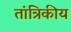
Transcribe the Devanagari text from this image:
तांत्रिकीय